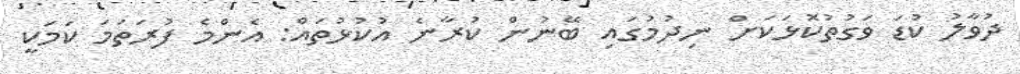
ދުވާލު ކުޑަ ވަގުތުކޮޅަކަށް ނިދުމުގައި ބޭނުން ކުރާނެ އުކުޅުތައް: އެންމެ ފުރަތަމަ ކަމަކީ